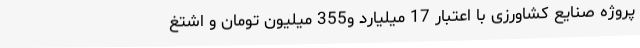
پروژه صنایع کشاورزی با اعتبار 17 میلیارد و355 میلیون تومان و اشتغ